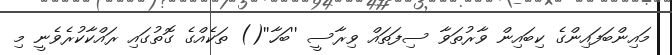
މައިންބަފައިންގެ ކިބައިން ވާރުތަވާ ސިފަތައް ވިރާސީ ''ބަހާ''() ތަކެއްގެ ގޮތުގައި ރައްކާކުރެވެނީ މި